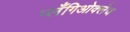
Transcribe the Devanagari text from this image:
प्लँगिओक्लेज